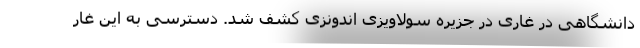
دانشگاهی در غاری در جزیره سولاویزی اندونزی کشف شد. دسترسی به این غار